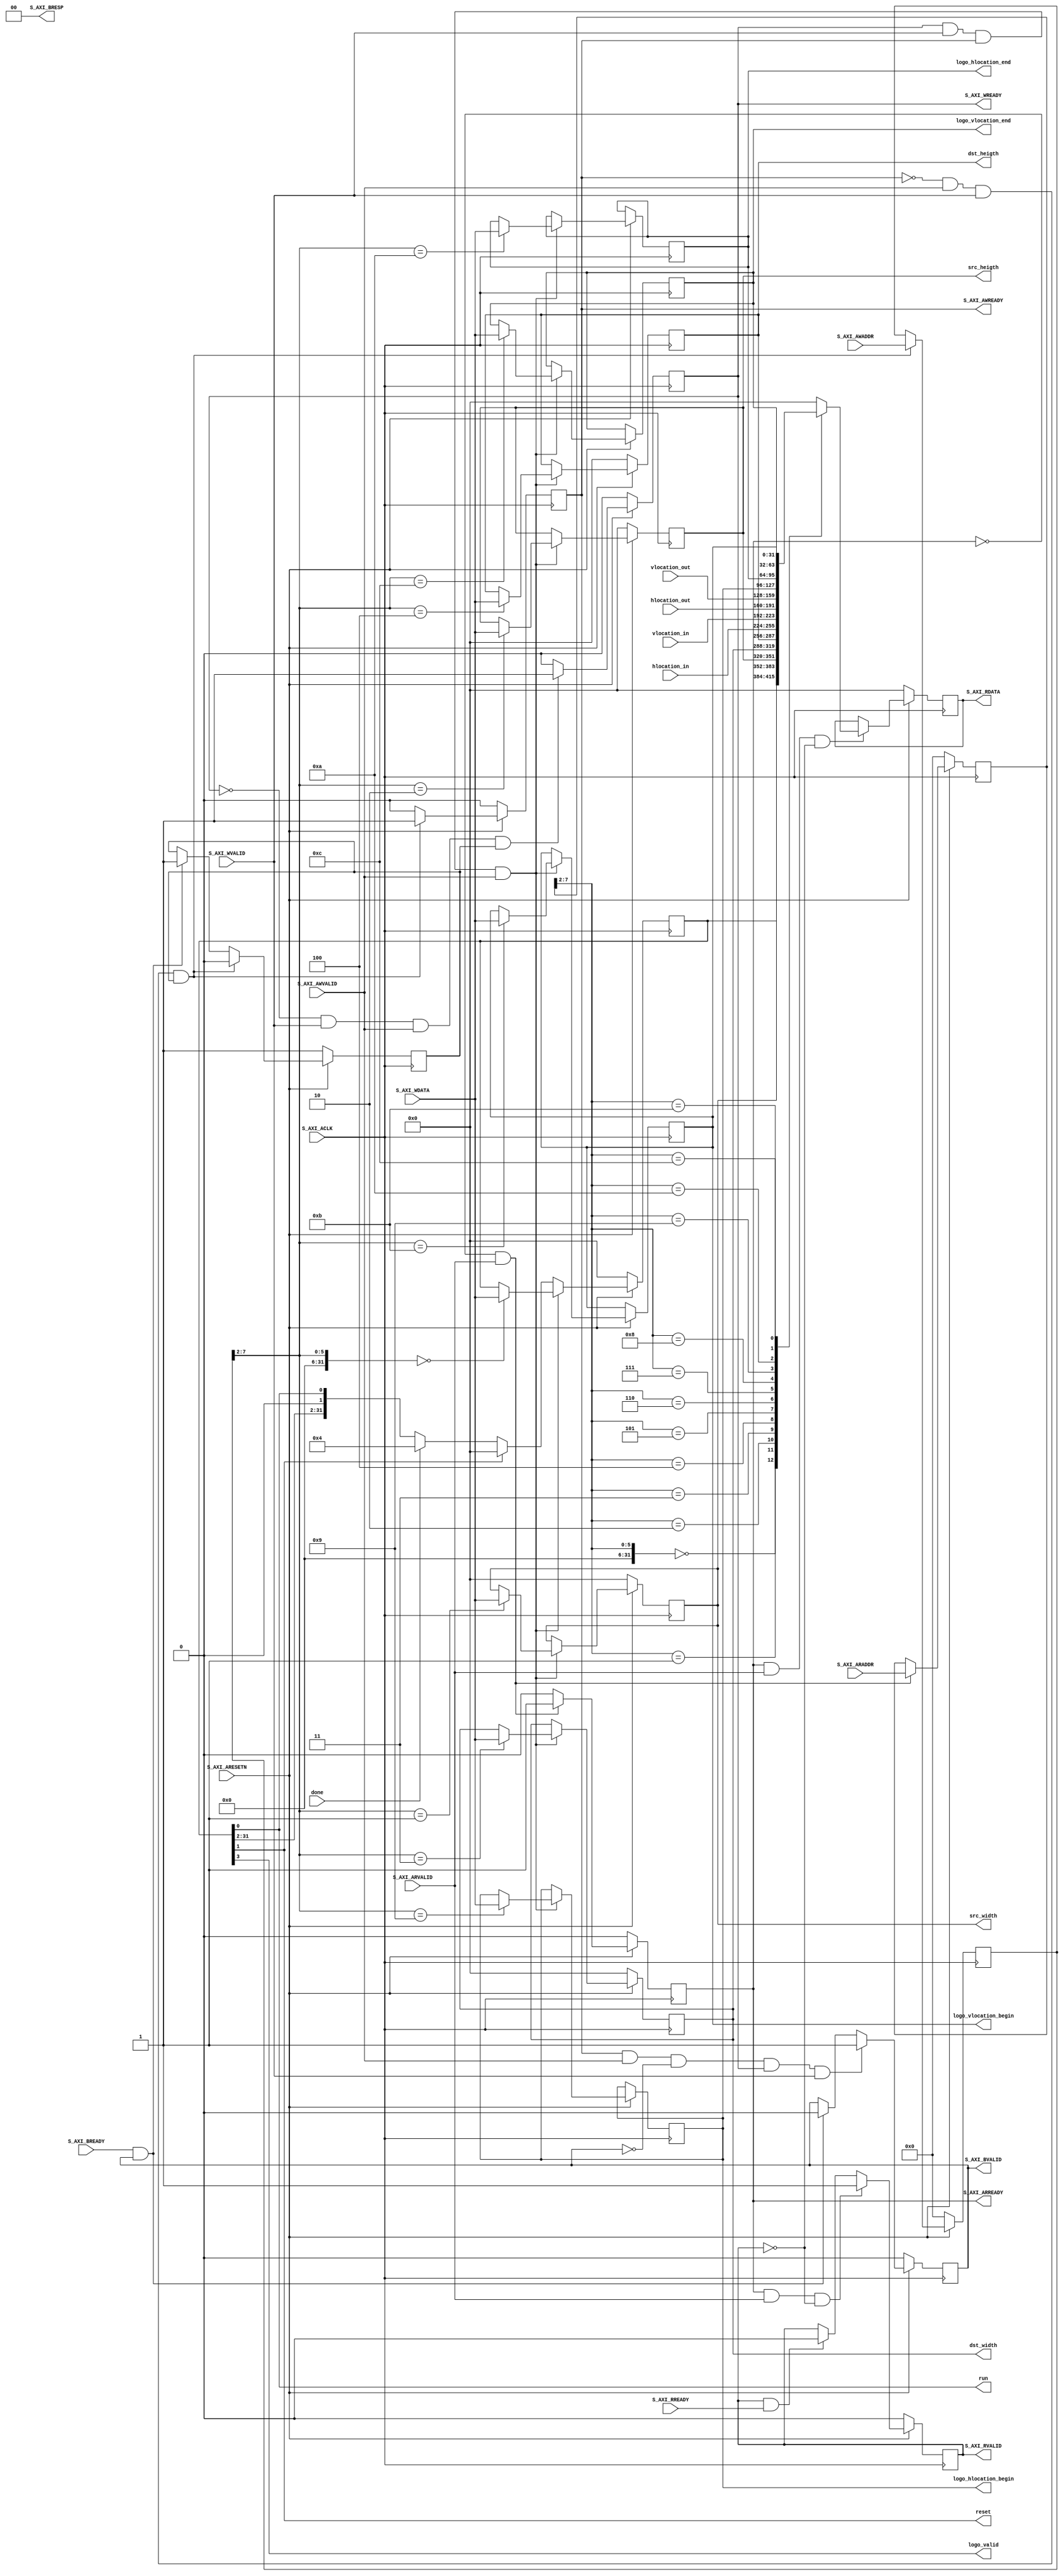

`timescale 1 ns / 1 ps

module video_down_scaler_v1_5_ctrl #
(
	parameter integer CTRL_AXI_DATA_WIDTH	= 32,
	parameter integer CTRL_AXI_ADDR_WIDTH	= 8
)
(
	/*****************************************************************************
	* internal signals
	*****************************************************************************/
	output wire run,
	output wire reset,
	input wire done,
	output wire logo_valid,
	output wire [CTRL_AXI_DATA_WIDTH-1:0] src_width,
	output wire [CTRL_AXI_DATA_WIDTH-1:0] src_heigth,
	output wire [CTRL_AXI_DATA_WIDTH-1:0] dst_width,
	output wire [CTRL_AXI_DATA_WIDTH-1:0] dst_heigth,
	input wire [CTRL_AXI_DATA_WIDTH-1:0] hlocation_in,
	input wire [CTRL_AXI_DATA_WIDTH-1:0] vlocation_in,
	input wire [CTRL_AXI_DATA_WIDTH-1:0] hlocation_out,
	input wire [CTRL_AXI_DATA_WIDTH-1:0] vlocation_out,
	output wire [CTRL_AXI_DATA_WIDTH-1:0] logo_hlocation_begin,
	output wire [CTRL_AXI_DATA_WIDTH-1:0] logo_hlocation_end,
	output wire [CTRL_AXI_DATA_WIDTH-1:0] logo_vlocation_begin,
	output wire [CTRL_AXI_DATA_WIDTH-1:0] logo_vlocation_end,

	/*****************************************************************************
	* signals of control port
	*****************************************************************************/
	input wire S_AXI_ACLK,
	input wire S_AXI_ARESETN,
	input wire [CTRL_AXI_ADDR_WIDTH-1 : 0] S_AXI_AWADDR,
	input wire S_AXI_AWVALID,
	output wire S_AXI_AWREADY,
	input wire [CTRL_AXI_DATA_WIDTH-1 : 0] S_AXI_WDATA,
	input wire S_AXI_WVALID,
	output wire S_AXI_WREADY,
	output wire [1 : 0] S_AXI_BRESP,
	output wire S_AXI_BVALID,
	input wire S_AXI_BREADY,
	input wire [CTRL_AXI_ADDR_WIDTH-1 : 0] S_AXI_ARADDR,
	input wire S_AXI_ARVALID,
	output wire S_AXI_ARREADY,
	output wire [CTRL_AXI_DATA_WIDTH-1 : 0] S_AXI_RDATA,
	output wire S_AXI_RVALID,
	input wire S_AXI_RREADY
);

	/*****************************************************************************
	* control port I/O signals
	*****************************************************************************/
	reg [CTRL_AXI_ADDR_WIDTH-1 : 0] axi_awaddr;
	reg axi_awready;
	reg axi_wready;
	reg axi_bvalid;
	reg [CTRL_AXI_ADDR_WIDTH-1 : 0] axi_araddr;
	reg axi_arready;
	reg [CTRL_AXI_DATA_WIDTH-1 : 0] axi_rdata;
	reg [1 : 0] axi_rresp;
	reg axi_rvalid;

	/*****************************************************************************
	* control registers
	*****************************************************************************/
	reg [CTRL_AXI_DATA_WIDTH-1:0] control_reg;
	reg [CTRL_AXI_DATA_WIDTH-1:0] src_width_reg;
	reg [CTRL_AXI_DATA_WIDTH-1:0] src_heigth_reg;
	reg [CTRL_AXI_DATA_WIDTH-1:0] dst_width_reg;
	reg [CTRL_AXI_DATA_WIDTH-1:0] dst_heigth_reg;
	reg [CTRL_AXI_DATA_WIDTH-1:0] logo_hlocation_begin_reg;
	reg [CTRL_AXI_DATA_WIDTH-1:0] logo_hlocation_end_reg;
	reg [CTRL_AXI_DATA_WIDTH-1:0] logo_vlocation_begin_reg;
	reg [CTRL_AXI_DATA_WIDTH-1:0] logo_vlocation_end_reg;

	/*****************************************************************************
	* control register wires and registers
	*****************************************************************************/
	wire slv_reg_rden;
	wire slv_reg_wren;
	reg [CTRL_AXI_DATA_WIDTH-1:0] reg_data_out;
	reg	aw_en;

	/*****************************************************************************
	* I/O connections assignments
	*****************************************************************************/
	assign run = control_reg[0];
	assign reset = control_reg[1];
	assign logo_valid = control_reg[3];
	assign src_width = src_width_reg;
	assign src_heigth = src_heigth_reg;
	assign dst_width = dst_width_reg;
	assign dst_heigth = dst_heigth_reg;
	assign logo_hlocation_begin = logo_hlocation_begin_reg;
	assign logo_hlocation_end = logo_hlocation_end_reg;
	assign logo_vlocation_begin = logo_vlocation_begin_reg;
	assign logo_vlocation_end = logo_vlocation_end_reg;
	assign S_AXI_AWREADY = axi_awready;
	assign S_AXI_WREADY	= axi_wready;
	assign S_AXI_BRESP = 0;
	assign S_AXI_BVALID	= axi_bvalid;
	assign S_AXI_ARREADY = axi_arready;
	assign S_AXI_RDATA = axi_rdata;
	assign S_AXI_RVALID	= axi_rvalid;

	/*****************************************************************************
	* write address ready
	*****************************************************************************/
	always @(posedge S_AXI_ACLK)
	begin
	  if (S_AXI_ARESETN == 1'b0)
    begin
      axi_awready <= 1'b0;
      aw_en <= 1'b1;
    end
	  else if (~axi_awready && S_AXI_AWVALID && S_AXI_WVALID && aw_en)
    begin
      axi_awready <= 1'b1;
      aw_en <= 1'b0;
    end
    else if (S_AXI_BREADY && axi_bvalid)
    begin
      aw_en <= 1'b1;
      axi_awready <= 1'b0;
    end
    else
    begin
      axi_awready <= 1'b0;
    end
  end

	/*****************************************************************************
	* write address
	*****************************************************************************/
	always @(posedge S_AXI_ACLK)
	begin
	  if (S_AXI_ARESETN == 1'b0)
    begin
      axi_awaddr <= 0;
    end
	  else if (~axi_awready && S_AXI_AWVALID && S_AXI_WVALID && aw_en)
    begin
      axi_awaddr <= S_AXI_AWADDR;
    end
	end

	/*****************************************************************************
	* write data ready
	*****************************************************************************/
	always @(posedge S_AXI_ACLK)
	begin
	  if (S_AXI_ARESETN == 1'b0)
    begin
      axi_wready <= 1'b0;
    end
	  else if (~axi_wready && S_AXI_WVALID && S_AXI_AWVALID && aw_en)
    begin
      axi_wready <= 1'b1;
    end
    else
    begin
      axi_wready <= 1'b0;
    end
	end

	/*****************************************************************************
	* write enable
	*****************************************************************************/
	assign slv_reg_wren = axi_wready && S_AXI_WVALID && axi_awready && S_AXI_AWVALID;

	/*****************************************************************************
	* write data
	*****************************************************************************/
	always @(posedge S_AXI_ACLK)
	begin
	  if (S_AXI_ARESETN == 1'b0)
    begin
			control_reg <= 0;
			src_width_reg <= 0;
			src_heigth_reg <= 0;
			dst_width_reg <= 0;
			dst_heigth_reg <= 0;
    end
	  else if (slv_reg_wren)
    begin
			case(axi_awaddr >> 2)
			0: control_reg <= S_AXI_WDATA;
			1: src_width_reg <= S_AXI_WDATA;
			2: src_heigth_reg <= S_AXI_WDATA;
			3: dst_width_reg <= S_AXI_WDATA;
			4: dst_heigth_reg <= S_AXI_WDATA;
			9: logo_hlocation_begin_reg <= S_AXI_WDATA;
			10: logo_hlocation_end_reg <= S_AXI_WDATA;
			11: logo_vlocation_begin_reg <= S_AXI_WDATA;
			12: logo_vlocation_end_reg <= S_AXI_WDATA;
			endcase
    end
		else if(reset)
		begin
			control_reg <= 0;
		end
		else if(done == 1)
		begin
			control_reg <= 4'h4;
		end
  end

	/*****************************************************************************
	* response
	*****************************************************************************/
	always @(posedge S_AXI_ACLK)
	begin
	  if (S_AXI_ARESETN == 1'b0)
    begin
      axi_bvalid  <= 0;
    end
	  else if (axi_awready && S_AXI_AWVALID && ~axi_bvalid && axi_wready && S_AXI_WVALID)
    begin
      axi_bvalid <= 1'b1;
    end
    else if (S_AXI_BREADY && axi_bvalid)
    begin
      axi_bvalid <= 1'b0;
    end
	end

	/*****************************************************************************
	* read address and read address ready
	*****************************************************************************/
	always @(posedge S_AXI_ACLK)
	begin
	  if (S_AXI_ARESETN == 1'b0)
    begin
      axi_arready <= 1'b0;
      axi_araddr  <= 32'b0;
    end
	  else if (~axi_arready && S_AXI_ARVALID)
    begin
      axi_arready <= 1'b1;
      axi_araddr  <= S_AXI_ARADDR;
    end
    else
    begin
      axi_arready <= 1'b0;
    end
	end

	/*****************************************************************************
	* read data valid
	*****************************************************************************/
	always @(posedge S_AXI_ACLK)
	begin
	  if (S_AXI_ARESETN == 1'b0)
    begin
      axi_rvalid <= 0;
    end
	  else if (axi_arready && S_AXI_ARVALID && ~axi_rvalid)
    begin
      axi_rvalid <= 1'b1;
    end
    else if (axi_rvalid && S_AXI_RREADY)
    begin
      axi_rvalid <= 1'b0;
    end
	end

	/*****************************************************************************
	* read enable
	*****************************************************************************/
	assign slv_reg_rden = axi_arready & S_AXI_ARVALID & ~axi_rvalid;

	/*****************************************************************************
	* read data value
	*****************************************************************************/
	always @(*)
	begin
	  case (axi_araddr >> 2)
    0: reg_data_out = control_reg;
    1: reg_data_out = src_width_reg;
    2: reg_data_out = src_heigth_reg;
    3: reg_data_out = dst_width_reg;
    4: reg_data_out = dst_heigth_reg;
    5: reg_data_out = hlocation_in;
    6: reg_data_out = vlocation_in;
    7: reg_data_out = hlocation_out;
    8: reg_data_out = vlocation_out;
		9: reg_data_out = logo_hlocation_begin_reg;
		10: reg_data_out = logo_hlocation_end_reg;
		11: reg_data_out = logo_vlocation_begin_reg;
		12: reg_data_out = logo_vlocation_end_reg;
    default: reg_data_out = 0;
	  endcase
	end

	/*****************************************************************************
	* read data
	*****************************************************************************/
	always @(posedge S_AXI_ACLK)
	begin
	  if (S_AXI_ARESETN == 1'b0)
    begin
      axi_rdata  <= 0;
    end
	  else if (slv_reg_rden)
    begin
      axi_rdata <= reg_data_out;
    end
  end

endmodule